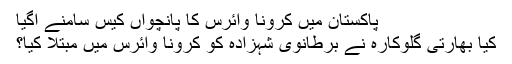
پاکستان میں کرونا وائرس کا پانچواں کیس سامنے آگیا
کیا بھارتی گلوکارہ نے برطانوی شہزادہ کو کرونا وائرس میں مبتلا کیا؟